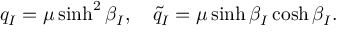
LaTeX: q _ { I } = \mu \sinh ^ { 2 } \beta _ { I } , \quad \tilde { q } _ { I } = \mu \sinh \beta _ { I } \cosh \beta _ { I } .